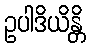
ဥပါဒိယိန္တိ